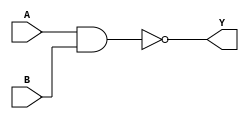
//2023-10-21
//
`timescale 1ns/10ps
module nand_gate_4bits (
    A,
    B,
    Y
);
    input  [3:0]  A;
    input  [3:0]  B;
    output [3:0]  Y;
    
    assign Y=~(A&B);

endmodule



//testbench
module nand_gate_4bits_tb ;
    reg[3:0] aa,bb;
    wire[3:0] yy;
    nand_gate_4bits nand_gate_4bits (
        .A(aa),
        .B(bb),
        .Y(yy)
    );
    initial begin
        aa<=4'b0000;bb<=4'b1111;//
        //
        #10 aa<=4'b0010;bb<=4'b0110;
        #10 aa<=4'b0111;bb<=4'b0100;
        #10 aa<=4'b0000;bb<=4'b1110;
        #10 $stop;
    end

endmodule